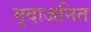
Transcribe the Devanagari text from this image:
मृदाजनित